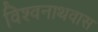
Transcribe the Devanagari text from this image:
विश्वनाथवास